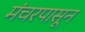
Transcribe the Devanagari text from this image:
मंचरपासून